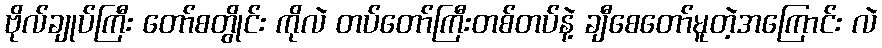
ဗိုလ်ချုပ်ကြီး တော်စတွိုင်း ကိုလဲ တပ်တော်ကြီးတစ်တပ်နဲ့ ချီစေတော်မူတဲ့အကြောင်း လဲ